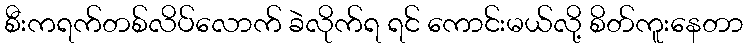
စီးကရက်တစ်လိပ်လောက် ခဲလိုက်ရ ရင် ကောင်းမယ်လို့ စိတ်ကူးနေတာ